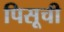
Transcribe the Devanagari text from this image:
पिसूची